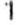
1